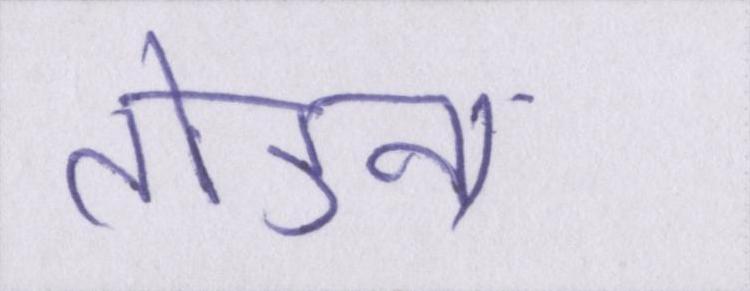
तोड़ना